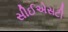
સીઈએસટી